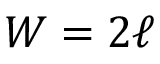
W = 2 \ell